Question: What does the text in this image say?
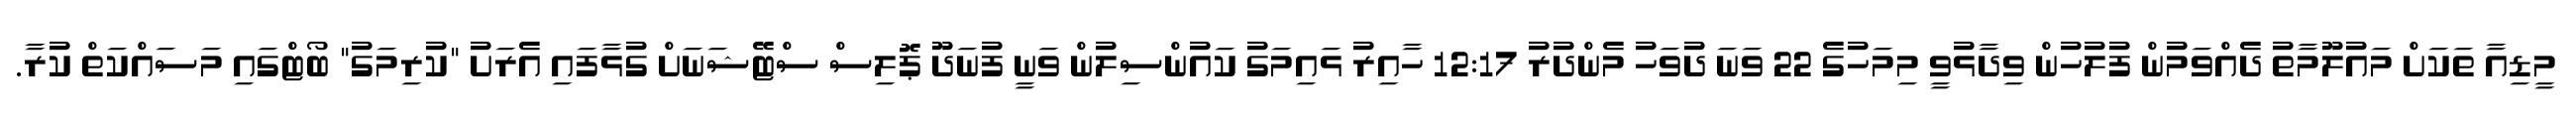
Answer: މީޑިއާ ތަކަށް މައުލޫމާތު ދެއްވަމުން ފުލުހުން ވިދާޅުވީ މިމަހުގެ 22 ވަނަ ދުވަހު މެންދުރު 12:17 ހާއިރު ޅައިމަގު ކައުންސިލުން ވަނީ ފުނަދޫ ޕޮލިސް ސްޓޭޝަނަށް ގުޅާފައި އެރަށު "ކުރިމަގު" ބޯޓްގައި މަސައްކަތް ކުރާ.